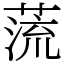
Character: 蓅